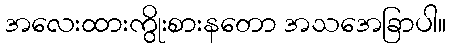
အလေးထားကွိုးစားနတော အသအေခြာပါ။